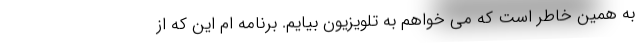
به همین خاطر است که می خواهم به تلویزیون بیایم. برنامه ام این که از